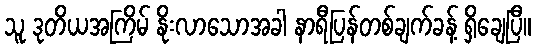
သူ ဒုတိယအကြိမ် နိုးလာသောအခါ နာရီပြန်တစ်ချက်ခန့် ရှိချေပြီ။